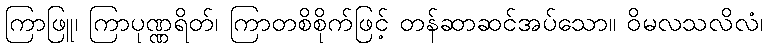
ကြာဖြူ၊ ကြာပုဏ္ဏရိတ်၊ ကြာတစိစိုက်ဖြင့် တန်ဆာဆင်အပ်သော။ ဝိမလသလိလံ၊